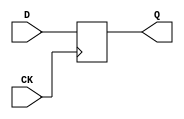
module DFF ( CK, D, Q );
    input CK, D;
    output Q;
    reg Q;

    always @( posedge CK )
        Q <= D;

endmodule